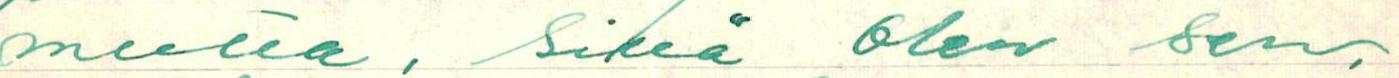
mutta, sillä olen sen